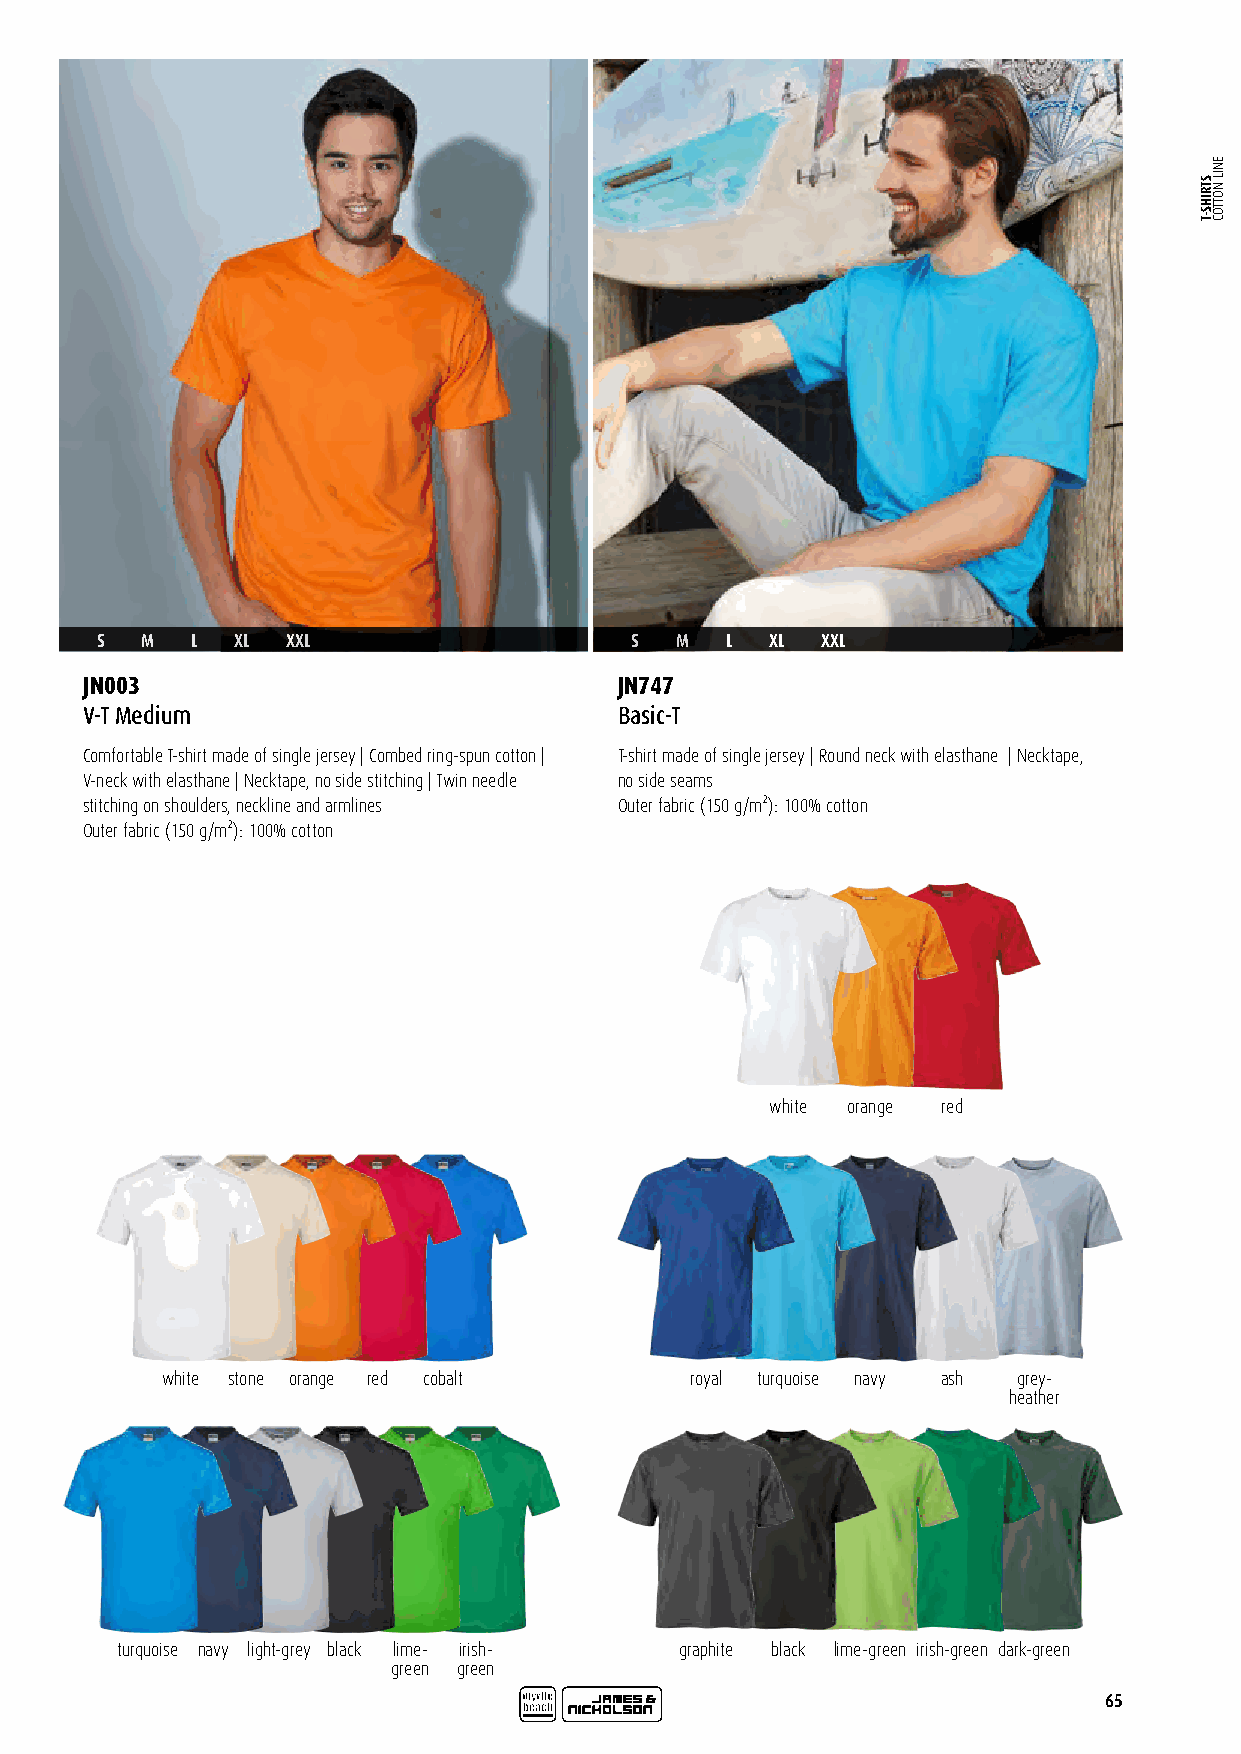
S  M   L  XL XXL                    S  M  L  XL XXL
 JN003                               JN747
 V-T Medium                          Basic-T
 Comfortable T-shirt made of single jersey | Combed ring-spun cotton | T-shirt made of single jersey | Round neck with elasthane | Necktape,
 V-neck with elasthane | Necktape, no side stitching | Twin needle no side seams
 stitching on shoulders, neckline and armlines Outer fabric (150 g/m²): 100% cotton
 Outer fabric (150 g/m²): 100% cotton
 white orange red
 white stone orange red cobalt      royal turquoise navy ash grey-
 heather
 turquoise navy light-grey black lime- irish- graphite black lime-green irish-green dark-green
 green green
 65
 STRIHS-T
 ENIL
 NOTTOC